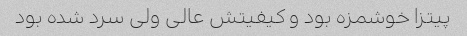
پیتزا خوشمزه بود و کیفیتش عالی ولی سرد شده بود